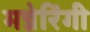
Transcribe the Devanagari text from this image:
मन्नेरिंगी